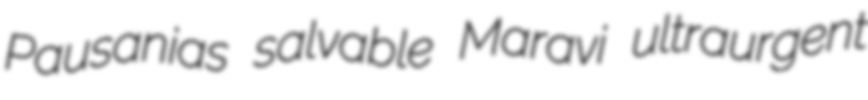
Pausanias salvable Maravi ultraurgent